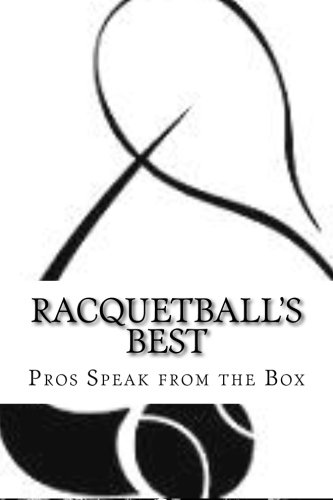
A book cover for Racquetball's Best: Pros Speak from the Box; Steve Bo Keeley; Sports & Outdoors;